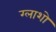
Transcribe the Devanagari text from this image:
ग्लाशो